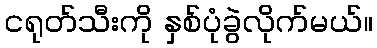
ငရုတ်သီးကို နှစ်ပုံခွဲလိုက်မယ်။